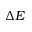
\Delta E